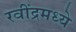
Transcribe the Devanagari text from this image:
रवींद्रमध्ये